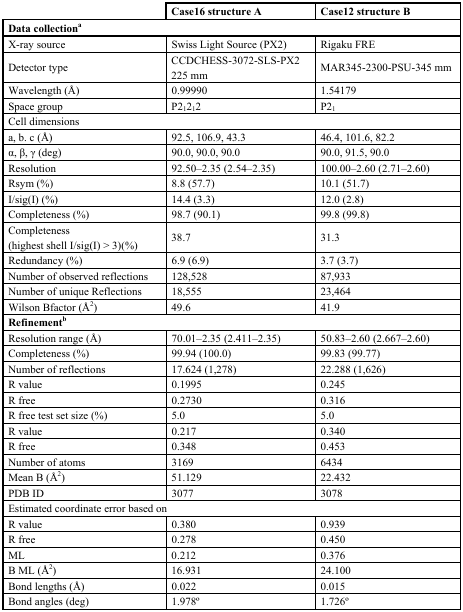
<table><thead><tr><td></td><td><b>Case16 structure A</b></td><td><b>Case12 structure B</b></td></tr></thead><tbody><tr><td colspan="3"><b>Data collection<sup>a</sup></b></td></tr><tr><td>X-ray source</td><td>Swiss Light Source (PX2)</td><td>Rigaku FRE</td></tr><tr><td>Detector type</td><td>CCDCHESS-3072-SLS-PX2 225 mm</td><td>MAR345-2300-PSU-345 mm</td></tr><tr><td>Wavelength (Å)</td><td>0.99990</td><td>1.54179</td></tr><tr><td>Space group</td><td>P2<sub>1</sub>2<sub>1</sub>2</td><td>P2<sub>1</sub></td></tr><tr><td colspan="3">Cell dimensions</td></tr><tr><td>a, b. c (Å)</td><td>92.5, 106.9, 43.3</td><td>46.4, 101.6, 82.2</td></tr><tr><td>α, β, γ (deg)</td><td>90.0, 90.0, 90.0</td><td>90.0, 91.5, 90.0</td></tr><tr><td>Resolution</td><td>92.50–2.35 (2.54–2.35)</td><td>100.00–2.60 (2.71–2.60)</td></tr><tr><td>Rsym (%)</td><td>8.8 (57.7)</td><td>10.1 (51.7)</td></tr><tr><td>I/sig(I) (%)</td><td>14.4 (3.3)</td><td>12.0 (2.8)</td></tr><tr><td>Completeness (%)</td><td>98.7 (90.1)</td><td>99.8 (99.8)</td></tr><tr><td>Completeness (highest shell I/sig(I) &gt; 3)(%)</td><td>38.7</td><td>31.3</td></tr><tr><td>Redundancy (%)</td><td>6.9 (6.9)</td><td>3.7 (3.7)</td></tr><tr><td>Number of observed reflections</td><td>128,528</td><td>87,933</td></tr><tr><td>Number of unique Reflections</td><td>18,555</td><td>23,464</td></tr><tr><td>Wilson Bfactor (Å<sup>2</sup>)</td><td>49.6</td><td>41.9</td></tr><tr><td colspan="3"><b>Refinement<sup>b</sup></b></td></tr><tr><td>Resolution range (Å)</td><td>70.01–2.35 (2.411–2.35)</td><td>50.83–2.60 (2.667–2.60)</td></tr><tr><td>Completeness (%)</td><td>99.94 (100.0)</td><td>99.83 (99.77)</td></tr><tr><td>Number of reflections</td><td>17.624 (1,278)</td><td>22.288 (1,626)</td></tr><tr><td>R value</td><td>0.1995</td><td>0.245</td></tr><tr><td>R free</td><td>0.2730</td><td>0.316</td></tr><tr><td>R free test set size (%)</td><td>5.0</td><td>5.0</td></tr><tr><td>R value</td><td>0.217</td><td>0.340</td></tr><tr><td>R free</td><td>0.348</td><td>0.453</td></tr><tr><td>Number of atoms</td><td>3169</td><td>6434</td></tr><tr><td>Mean B (Å<sup>2</sup>)</td><td>51.129</td><td>22.432</td></tr><tr><td>PDB ID</td><td>3077</td><td>3078</td></tr><tr><td colspan="3">Estimated coordinate error based on</td></tr><tr><td>R value</td><td>0.380</td><td>0.939</td></tr><tr><td>R free</td><td>0.278</td><td>0.450</td></tr><tr><td>ML</td><td>0.212</td><td>0.376</td></tr><tr><td>B ML (Å<sup>2</sup>)</td><td>16.931</td><td>24.100</td></tr><tr><td>Bond lengths (Å)</td><td>0.022</td><td>0.015</td></tr><tr><td>Bond angles (deg)</td><td>1.978°</td><td>1.726°</td></tr></tbody></table>